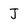
Character: J